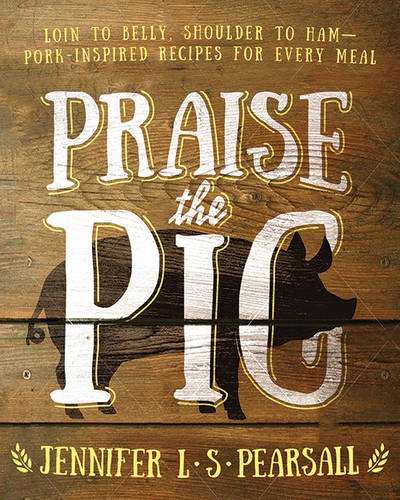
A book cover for Praise the Pig: Loin to Belly, Shoulder to HamEEPork-Inspired Recipes for Every Meal; Jennifer L. S. Pearsall; Cookbooks, Food & Wine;